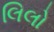
લિલો